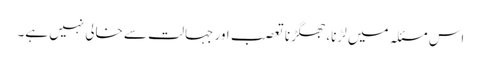
اس مسئلہ میں لڑنا، جھگڑنا تعصب اور جہالت سے خالی نہیں ہے۔